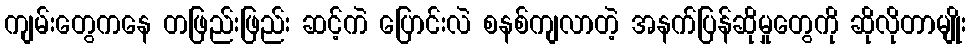
ကျမ်းတွေကနေ တဖြည်းဖြည်း ဆင့်ကဲ ပြောင်းလဲ စနစ်ကျလာတဲ့ အနက်ပြန်ဆိုမှုတွေကို ဆိုလိုတာမျိုး